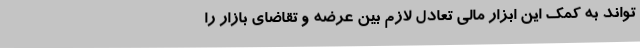
تواند به کمک این ابزار مالی تعادل لازم بین عرضه و تقاضای بازار را